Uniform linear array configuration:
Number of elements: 12
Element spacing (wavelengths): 0.75
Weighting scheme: blackman
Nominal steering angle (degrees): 30
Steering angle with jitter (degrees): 28.059
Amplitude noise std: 0.05
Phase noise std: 0.05

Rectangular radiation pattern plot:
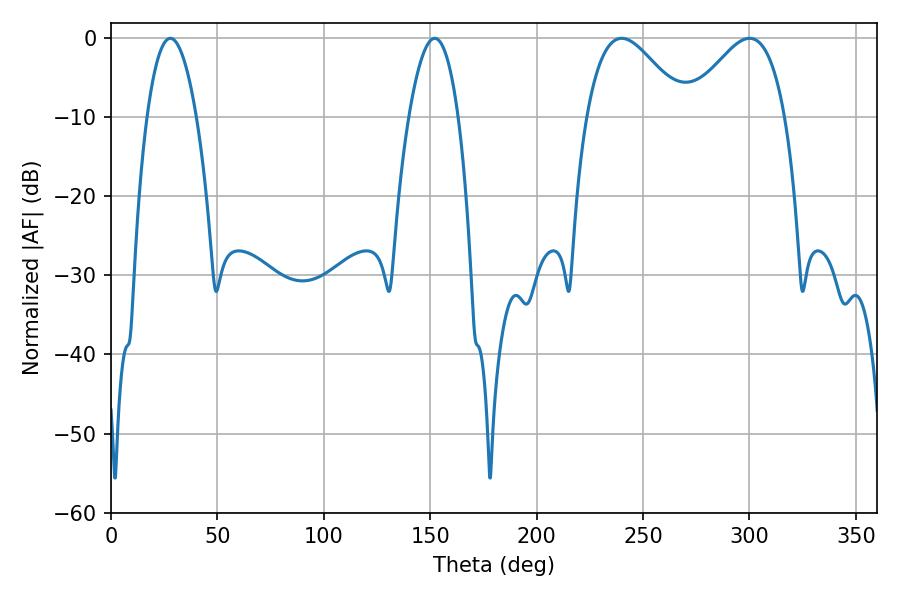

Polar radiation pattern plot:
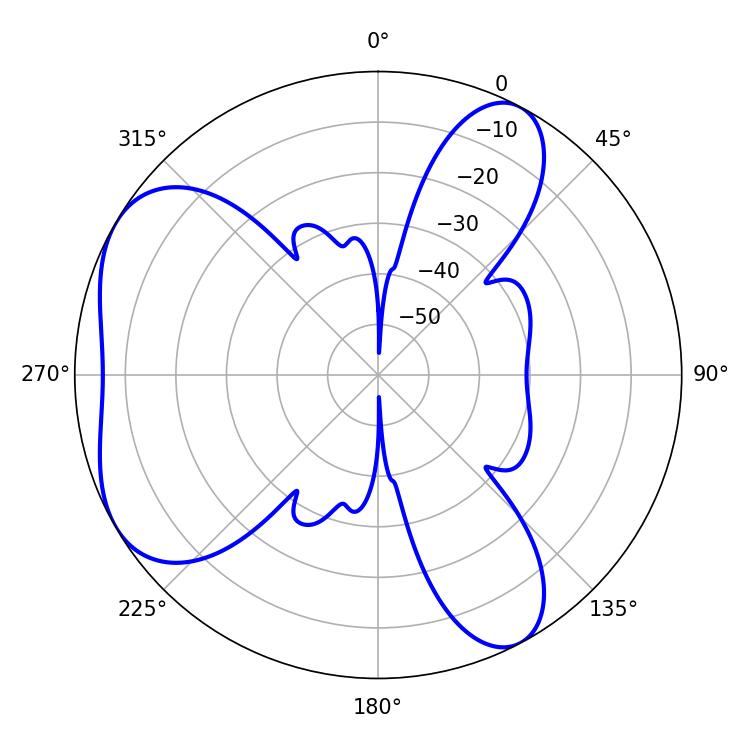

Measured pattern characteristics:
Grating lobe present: TRUE
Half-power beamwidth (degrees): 24.84
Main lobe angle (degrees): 239.94